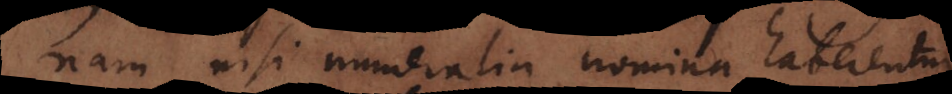
nam nisi numeralia nomina haberentur